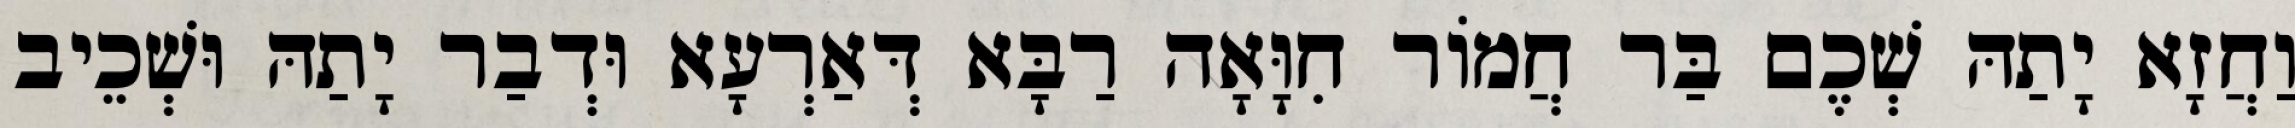
וַחֲזָא יָתַהּ שְׁכֶם בַּר חֲמוֹר חִוָּאָה רַבָּא דְּאַרְעָא וּדְבַר יָתַהּ וּשְׁכֵיב